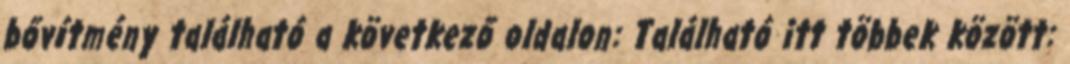
bővítmény található a következő oldalon: Található itt többek között: